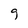
Character: g